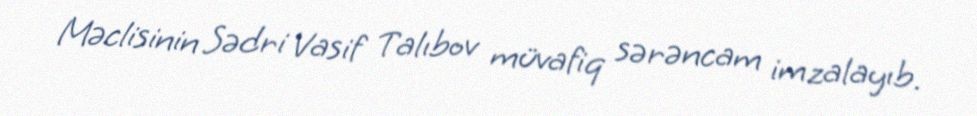
Məclisinin Sədri Vasif Talıbov müvafiq sərəncam imzalayıb.